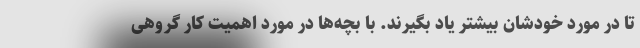
تا در مورد خودشان بیشتر یاد بگیرند. با بچه‌ها در مورد اهمیت کار گروهی